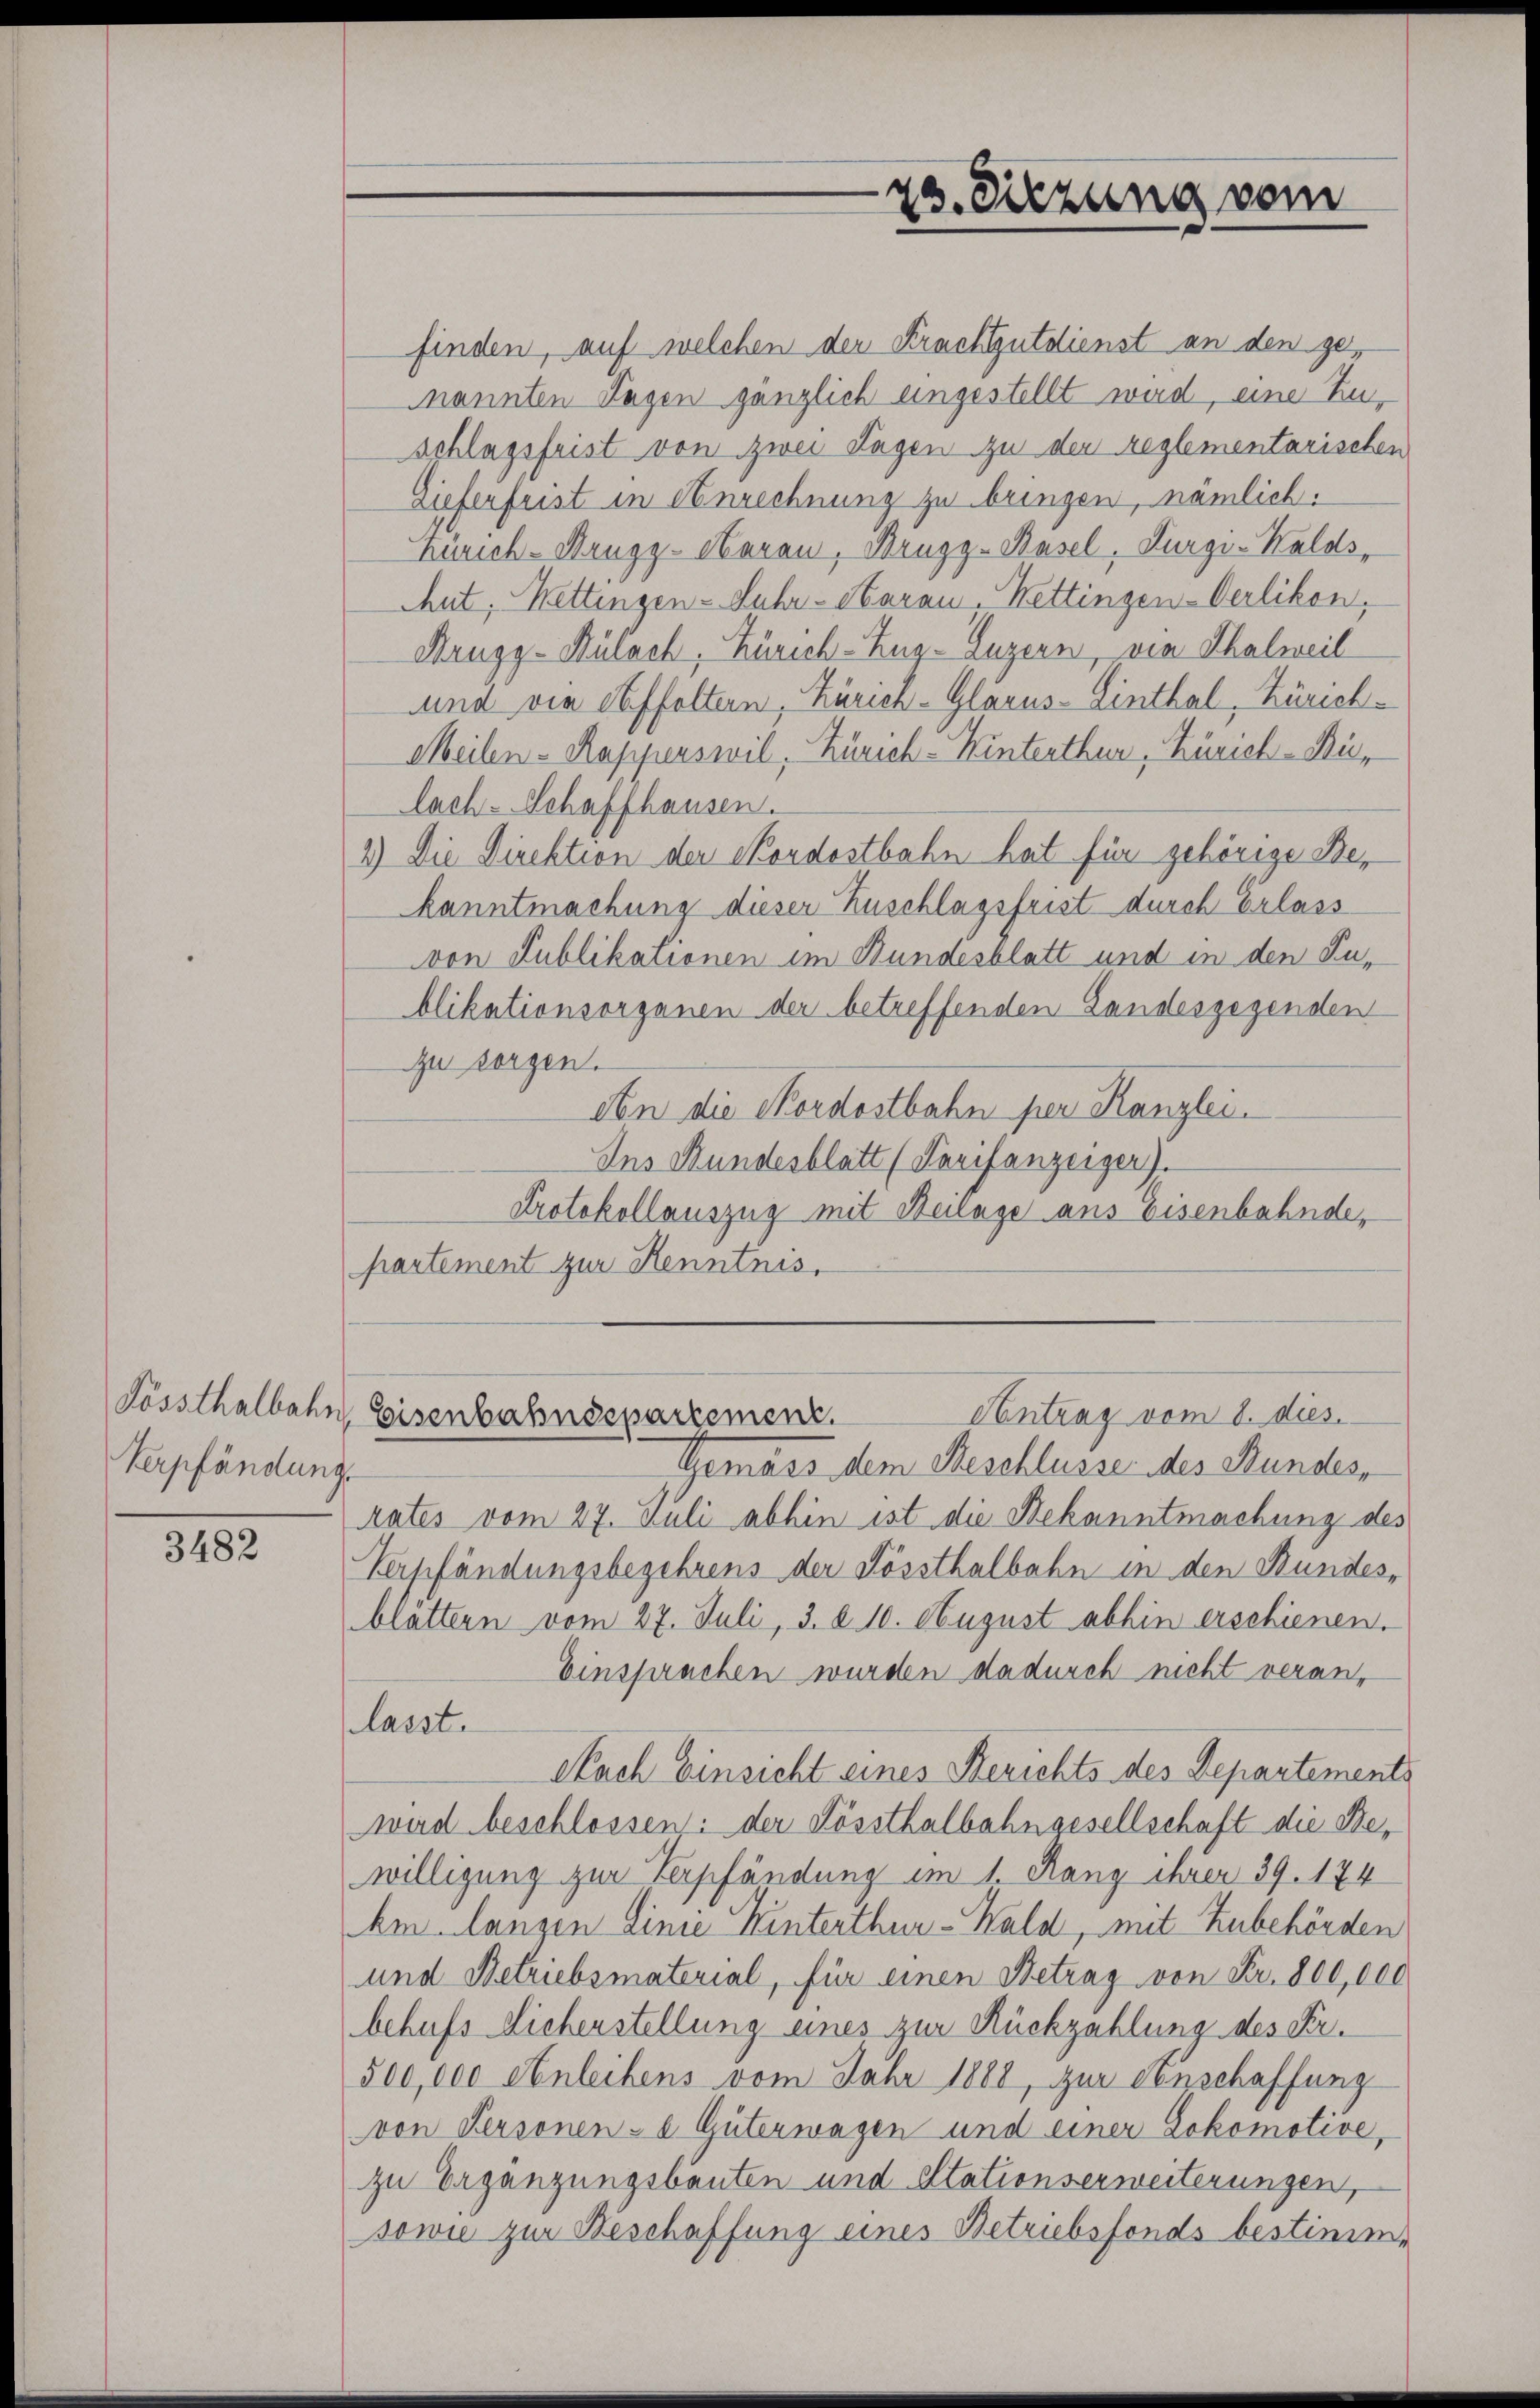
Verpfändung

3482

finden, auf welchen der Krachtgutdienst an den genannten Tagen gänzlich eingestellt wird, eine Zuschlagsfrist von zwei Tagen zu den reglementarischen
Zieferfrist in Anrechnung zu bringen, nämlich.
Zürich-Krugz-Haran, Brugg-Basel, Furgi-Waldsthut, Mettingen - Suhr- Herau-Mettingen-Verlikon,
Drugy-Külach, Zürich–Zug–Luzern, von Thalweil
und die Affoltern, Zürich-Glarus-Einthal, Zürich¬
Meilen-Rappenswil, Zürich-Winterthur, Zürich-Rülach. Schaffhausen.
2) Die Direktion der Skordostbahn hat für gehörige Dekanntmachung dieser Zuschlagsfrist durch Erlass
von Publikationen im Bundesblatt und in den Zublikationsorganen der betreffenden Landesgegenden
Zu sorgen.
An die Nordostbahn per Kanzlei.
Ins Bundesblatt (Tarifanzeiger).
Protokollauszug mit Beilage aus Eisenbahndepartement zur Kenntnis,

23. Sitzung vom

Pössthalbahn, Eisenbahnsepartement.
Antrag vom 8. dies.

Gemass dem Beschlüsse des Bundes,
rates vom 27. Juli abhin ist die Bekanntmachung des
Verpfändungsbegehrens der Kössthalbahn in den Bundes-
blättern vom 27. Juli, 3. d. 10. August abhin erschienen.
Einsprachen wurden dadurch nicht veranlasst.
Nach Einsicht eines Berichts des Departements
wird beschlossen: der Kössthalbahngesellschaft die Bewilligung zur Verpfändung im 1. Rang ihrer 39. 174
hm langen Linie Hinterthur-Wald, mit Zubehörden
und Betriebsmaterial, für einen Betrag von Fr. 800,000
behufs Sicherstellung eines zur Rückzahlung des Fr¬
500,000 Anleihens vom Jahr 1888, zur Anschaffung
von Personen - u. Güterwagen und einer Lokomotive,
zu Ergänzungsbauten und Stationserweiterungen,
sowie zur Beschaffung eines Betriebsfonds bestimme